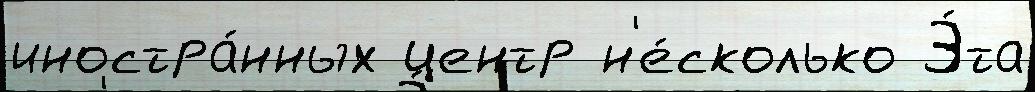
иностра́нных центр н'е́сколько Э́та